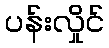
ပန်းလှိုင်